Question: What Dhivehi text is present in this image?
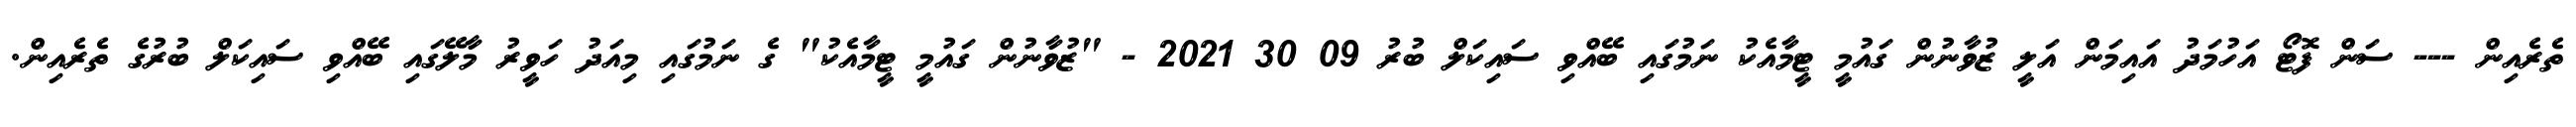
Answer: ތެރެއިން --- ސަން ފޮޓޯ އަހުމަދު އައިމަން އަލީ ޒުވާނުން ގައުމީ ޓީމާއެކު ނަމުގައި ބޭއްވި ސައިކަލް ބުރު 09 30 2021 - "ޒުވާނުން ގައުމީ ޓީމާއެކު" ގެ ނަމުގައި މިއަދު ހަވީރު މާލޭގައި ބޭއްވި ސައިކަލް ބުރުގެ ތެރެއިން.